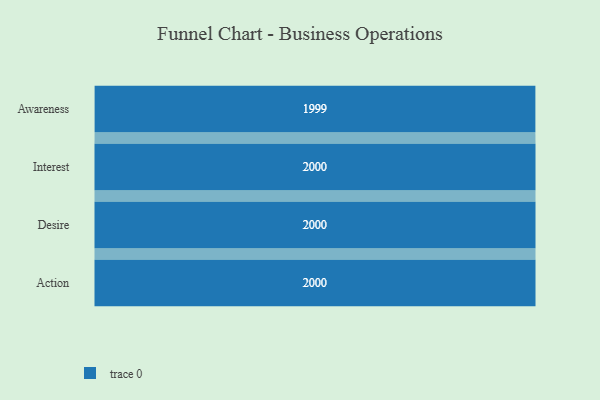
{"axis": {"x": "Stage", "y": "Value"}, "legend": [""], "data": [{"x": "Awareness", "y": 1999.0, "type": ""}, {"x": "Interest", "y": 2000, "type": ""}, {"x": "Desire", "y": 2000, "type": ""}, {"x": "Action", "y": 2000, "type": ""}]}